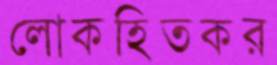
লোকহিতকর